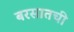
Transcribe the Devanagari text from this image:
बरसातची